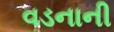
વડનાની